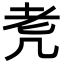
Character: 𦒲